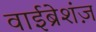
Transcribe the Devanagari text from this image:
वाईब्रेशंज़